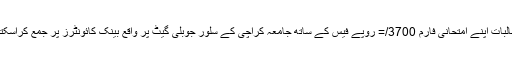
طلباوطالبات اپنے امتحانی فارم 3700/= روپے فیس کے ساتھ جامعہ کراچی کے سلور جوبلی گیٹ پر واقع بینک کائونٹرز پر جمع کراسکتے ہیں۔